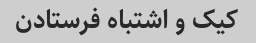
کیک و اشتباه فرستادن